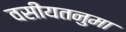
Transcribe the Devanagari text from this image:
वसीयतनुमा